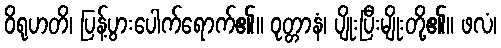
ဝိရုဟတိ၊ ပြန့်ပွားပေါက်ရောက်၏။ ဝုတ္တာနံ၊ ပျိုးပြီးမျိုးတို့၏။ ဖလံ၊